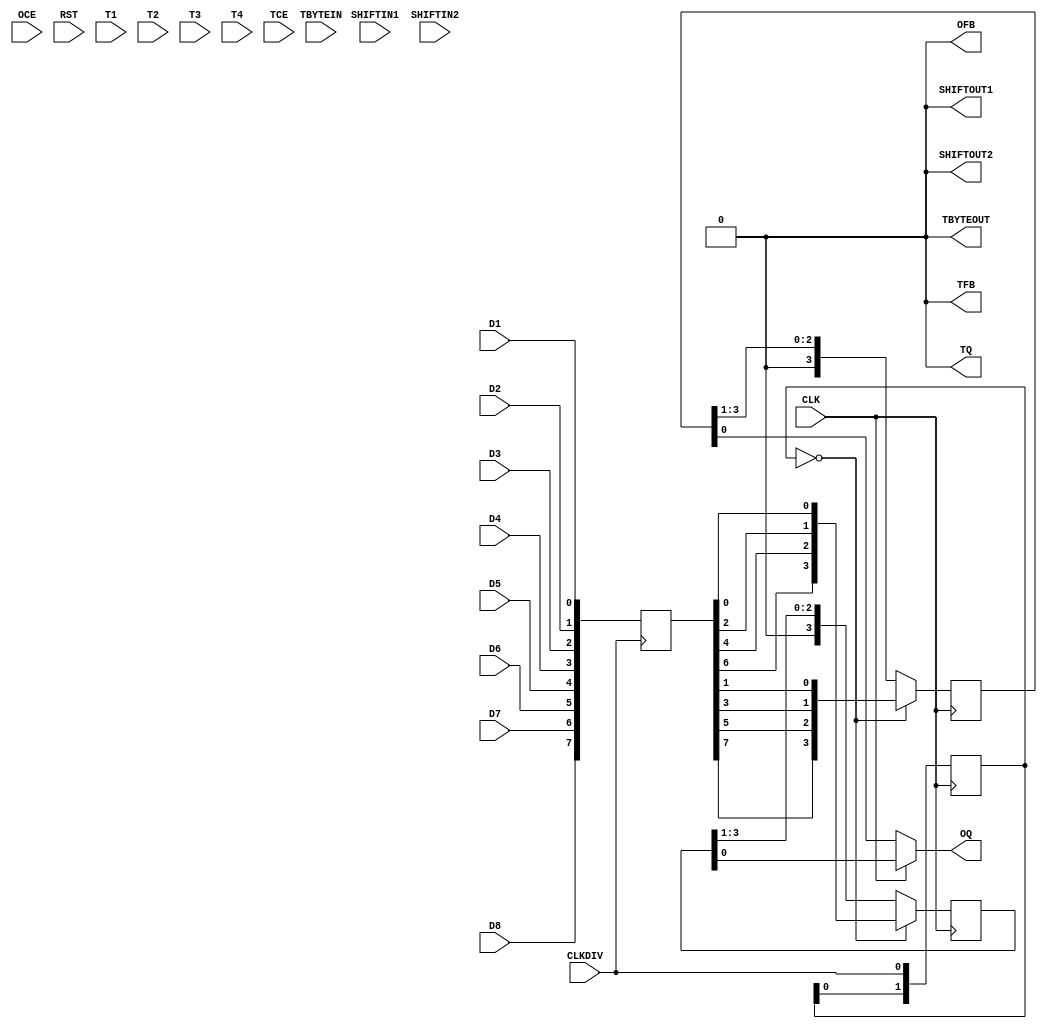
// This program was cloned from: https://github.com/aolofsson/oh
// License: MIT License

/*WARNING: INCOMPLETE MODEL, DON'T USE. I RECOMMEND AGAINST USING THIS
 *BLOCK ALL TOGETHER. NOT OPEN SOURCE FRIENDLY /AO
 */

module OSERDESE2 ( /*AUTOARG*/
   // Outputs
   OFB, OQ, SHIFTOUT1, SHIFTOUT2, TBYTEOUT, TFB, TQ,
   // Inputs
   CLK, CLKDIV, D1, D2, D3, D4, D5, D6, D7, D8, OCE, RST, SHIFTIN1,
   SHIFTIN2, T1, T2, T3, T4, TBYTEIN, TCE
   );

   parameter DATA_RATE_OQ=0;
   parameter DATA_RATE_TQ=0;
   parameter DATA_WIDTH=0;
   parameter INIT_OQ=0;
   parameter INIT_TQ=0;
   parameter SERDES_MODE=0;
   parameter SRVAL_OQ=0;
   parameter SRVAL_TQ=0;
   parameter TBYTE_CTL=0;
   parameter TBYTE_SRC=0;
   parameter TRISTATE_WIDTH=0;

     
   output OFB;                    // output feedback port
   output OQ;                     // data output port, D1 appears first
   output SHIFTOUT1;              // connect to shift in of master
   output SHIFTOUT2;              // connect to shift in of master
   output TBYTEOUT;               // byte group tristate output to IOB
   output TFB;                    // 3-state control output for ODELAYE2
   output TQ;                     // 3-state control output
   input  CLK;                    // high speed shift out clock
   input  CLKDIV;                 // low speed clock (/4 for example)
   input  D1;                     // first bit to shift out
   input  D2;                     //
   input  D3;                     //
   input  D4;                     //
   input  D5;                     //
   input  D6;                     //
   input  D7;                     //
   input  D8;                     //
   input  OCE;                    // active high clock enable for datapath
   input  RST;                    // async reset, all output flops driven low
   input  SHIFTIN1;               // connect to shift out of other
   input  SHIFTIN2;               // connect to shift out of other
   input  T1;                     // parallel 3-state signals
   input  T2;                     // ??why 4??
   input  T3;                     //
   input  T4;                     //
   input  TBYTEIN;                // byte group tristate input
   input  TCE;                    // active high clock enable for 3-state

   //Statemachine
   reg [2:0] state;


   reg [7:0] buffer;
   reg [1:0] clkdiv_sample;
   reg [3:0] even;
   reg [3:0] odd;
   
   //parallel sample
   always @ (posedge CLKDIV)
     buffer[7:0]<={D8,D7,D6,D5,D4,D3,D2,D1};
   
   //sample clkdiv
   always @ (negedge CLK)
     clkdiv_sample[1:0] <= {clkdiv_sample[0],CLKDIV};

   //shift on second consective clk rising edge that clkdi_sample==0

   wire      load_parallel = (clkdiv_sample[1:0]==2'b00);

   always @ (posedge CLK)
     if(load_parallel)
       even[3:0]<={buffer[6],buffer[4],buffer[2],buffer[0]};
     else
       even[3:0]<={1'b0,even[3:1]};

   always @ (posedge CLK)
     if(load_parallel)
       odd[3:0]<={buffer[7],buffer[5],buffer[3],buffer[1]};
     else
       odd[3:0]<={1'b0,odd[3:1]};
     
   assign OQ = CLK ? even[0] : odd[0];
   
   //setting other outputs
   assign OFB       = 1'b0;
   assign TQ        = 1'b0;
   assign TBYTEOUT  = 1'b0;
   assign SHIFTOUT1 = 1'b0;   		      
   assign SHIFTOUT2 = 1'b0;   
   assign TFB       = 1'b0;
   
endmodule // OSERDESE2